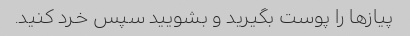
پیازها را پوست بگیرید و بشویید سپس خرد کنید.